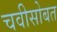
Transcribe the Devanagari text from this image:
चवीसोबत